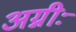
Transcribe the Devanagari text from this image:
अग्नीः